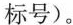
标号)。